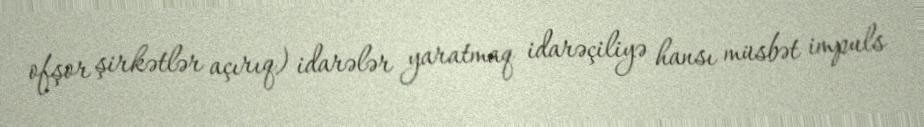
ofşor şirkətlər açırıq) idarələr yaratmaq idarəçiliyə hansı müsbət impuls